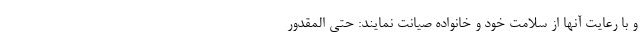
و با رعایت آنها از سلامت خود و خانواده صیانت نمایند: حتی­ المقدور